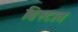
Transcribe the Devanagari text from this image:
ब्रिस्टाव